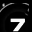
Digit: 7